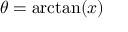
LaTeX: \theta = \arctan ( x )